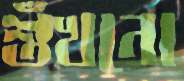
শুঁখনো